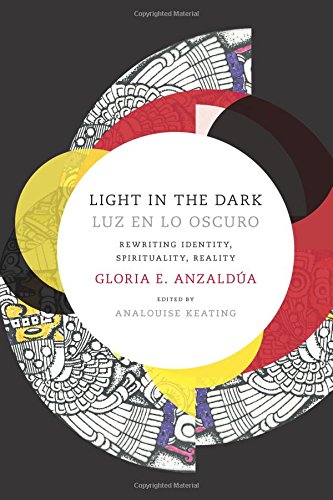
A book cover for Light in the Dark/Luz en lo Oscuro: Rewriting Identity, Spirituality, Reality (Latin America Otherwise); Gloria Anzaldua; Politics & Social Sciences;